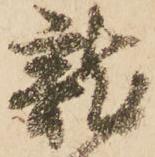
龍